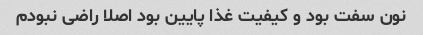
نون سفت بود و کیفیت غذا پایین بود اصلا راضی نبودم